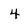
Character: 4